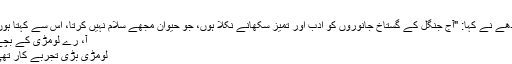
”
گدھے نے کہا: "آج جنگل کے گستاخ جانوروں کو ادب اور تمیز سکھانے نکلا ہوں، جو حیوان مجھے سلام نہیں کرتا، اس سے کہتا ہوں:
آ، رے لومڑی کے بچے
لومڑی بڑی تجربے کار تھی۔